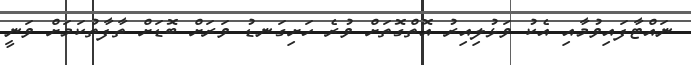
ނައްޓާފައިވުމާއި އެކު ވަޅުލިއިރު އޮތްގޮތަށް ވުރެ ހަށިގަނޑު ވަރަށް ބޮޑަށް ތާފާތުކަމަށް ވަނީ